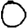
Digit: 0